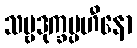
သဗ္ဗဒုက္ခပ္ပဟီနော